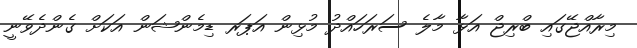
މިރާއްޖޭގައި ބްރިޖް އަޅާ މާލެ ސަރަހައްދު މުޅިން އަޕަރ ޑިމެންޝަން އަކަށް ގެންދެވޭނީ